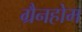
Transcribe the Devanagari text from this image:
ग्रैनहोम